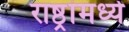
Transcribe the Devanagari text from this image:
राष्ठ्रांमध्ये